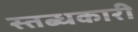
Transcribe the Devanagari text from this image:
स्तब्धकारी